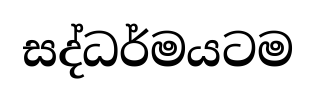
සද්ධර්මයටම